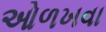
ઓળખવા